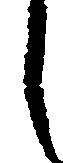
し